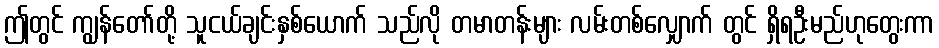
ဤတွင် ကျွန်တော်တို့ သူငယ်ချင်းနှစ်ယောက် သည်လို တမာတန်းများ လမ်းတစ်လျှောက် တွင် ရှိရဦးမည်ဟုတွေးကာ